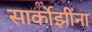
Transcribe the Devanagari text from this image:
सार्कोझींना